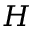
H